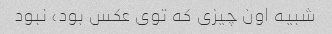
شبیه اون چیزی که توی عکس بود، نبود